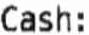
CASH: